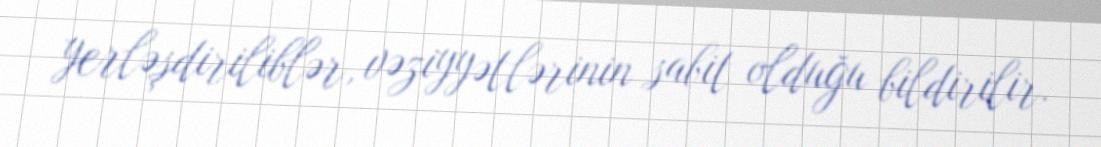
yerləşdiriliblər, vəziyyətlərinin sabit olduğu bildirilir.